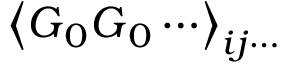
\left\langle \boldsymbol { G } _ { 0 } \boldsymbol { G } _ { 0 } \cdots \right\rangle _ { i j \cdots }